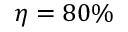
\eta = 8 0 \%